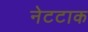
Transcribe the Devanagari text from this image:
नेटटाक